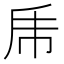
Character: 乕